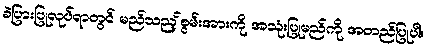
ခဲပြားပြုလုပ်ရာတွင် မည်သည့်စွမ်းအားကို အသုံးပြုမည်ကို အတည်ပြုပါ။